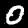
Label: 0